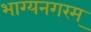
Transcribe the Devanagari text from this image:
भाग्यनगरम्